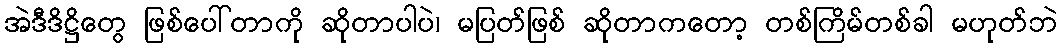
အဲဒီဒိဋ္ဌိတွေ ဖြစ်ပေါ်တာကို ဆိုတာပါပဲ၊ မပြတ်ဖြစ် ဆိုတာကတော့ တစ်ကြိမ်တစ်ခါ မဟုတ်ဘဲ